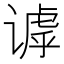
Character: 𬤙